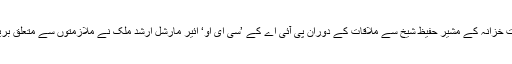
گزشتہ دنوں وزارت خزانہ کے مشیر حفیظ شیخ سے ملاقات کے دوران پی آئی اے کے ’سی ای او‘ ائیر مارشل ارشد ملک نے ملازمتوں سے متعلق بریفنگ بھی دی تھی۔